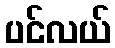
ပင်လယ်